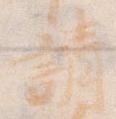
請